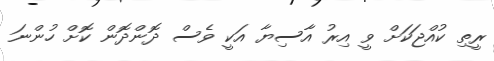
ރީތި ކުއްޖަކަށް ވީ އިރު އާސިޔާ އަކީ ވެސް ދޮންދޮން ކޮށް ހުންނަ